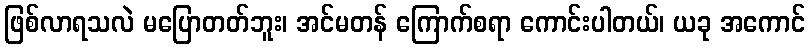
ဖြစ်လာရသလဲ မပြောတတ်ဘူး၊ အင်မတန် ကြောက်စရာ ကောင်းပါတယ်၊ ယခု အကောင်